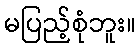
မပြည့်စုံဘူး။